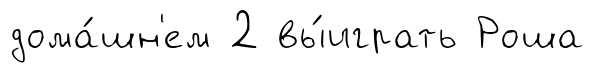
дома́шн'ем 2 вы́играть Роша